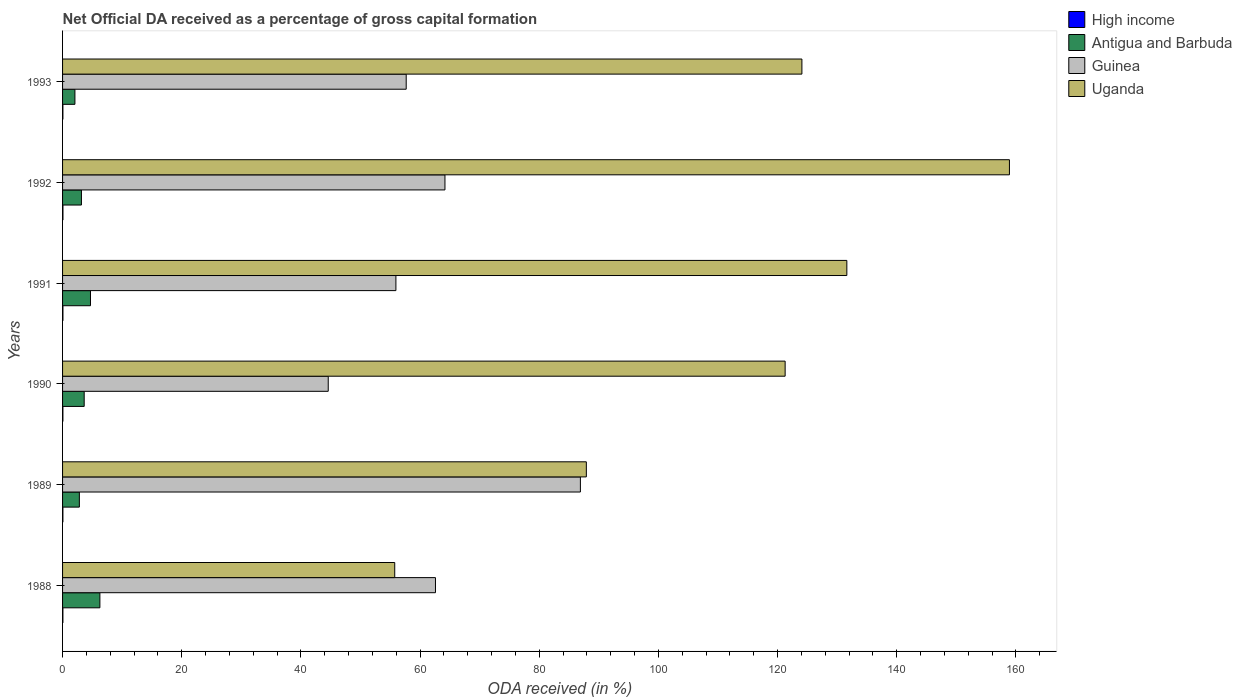
| Years | High income | Antigua and Barbuda | Guinea | Uganda |
 | --- | --- | --- | --- | --- |
 | 1988 | 0.0565 | 6.26 | 62.6 | 55.7 |
 | 1989 | 0.056 | 2.82 | 86.9 | 87.9 |
 | 1990 | 0.0576 | 3.63 | 44.6 | 121 |
 | 1991 | 0.0611 | 4.68 | 55.9 | 132 |
 | 1992 | 0.0645 | 3.17 | 64.2 | 159 |
 | 1993 | 0.0574 | 2.07 | 57.7 | 124 |